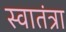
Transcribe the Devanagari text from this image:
स्वातंत्रा